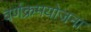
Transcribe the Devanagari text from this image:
वर्णक्रमयोजना